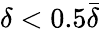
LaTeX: \delta<0.5\bar{\delta}